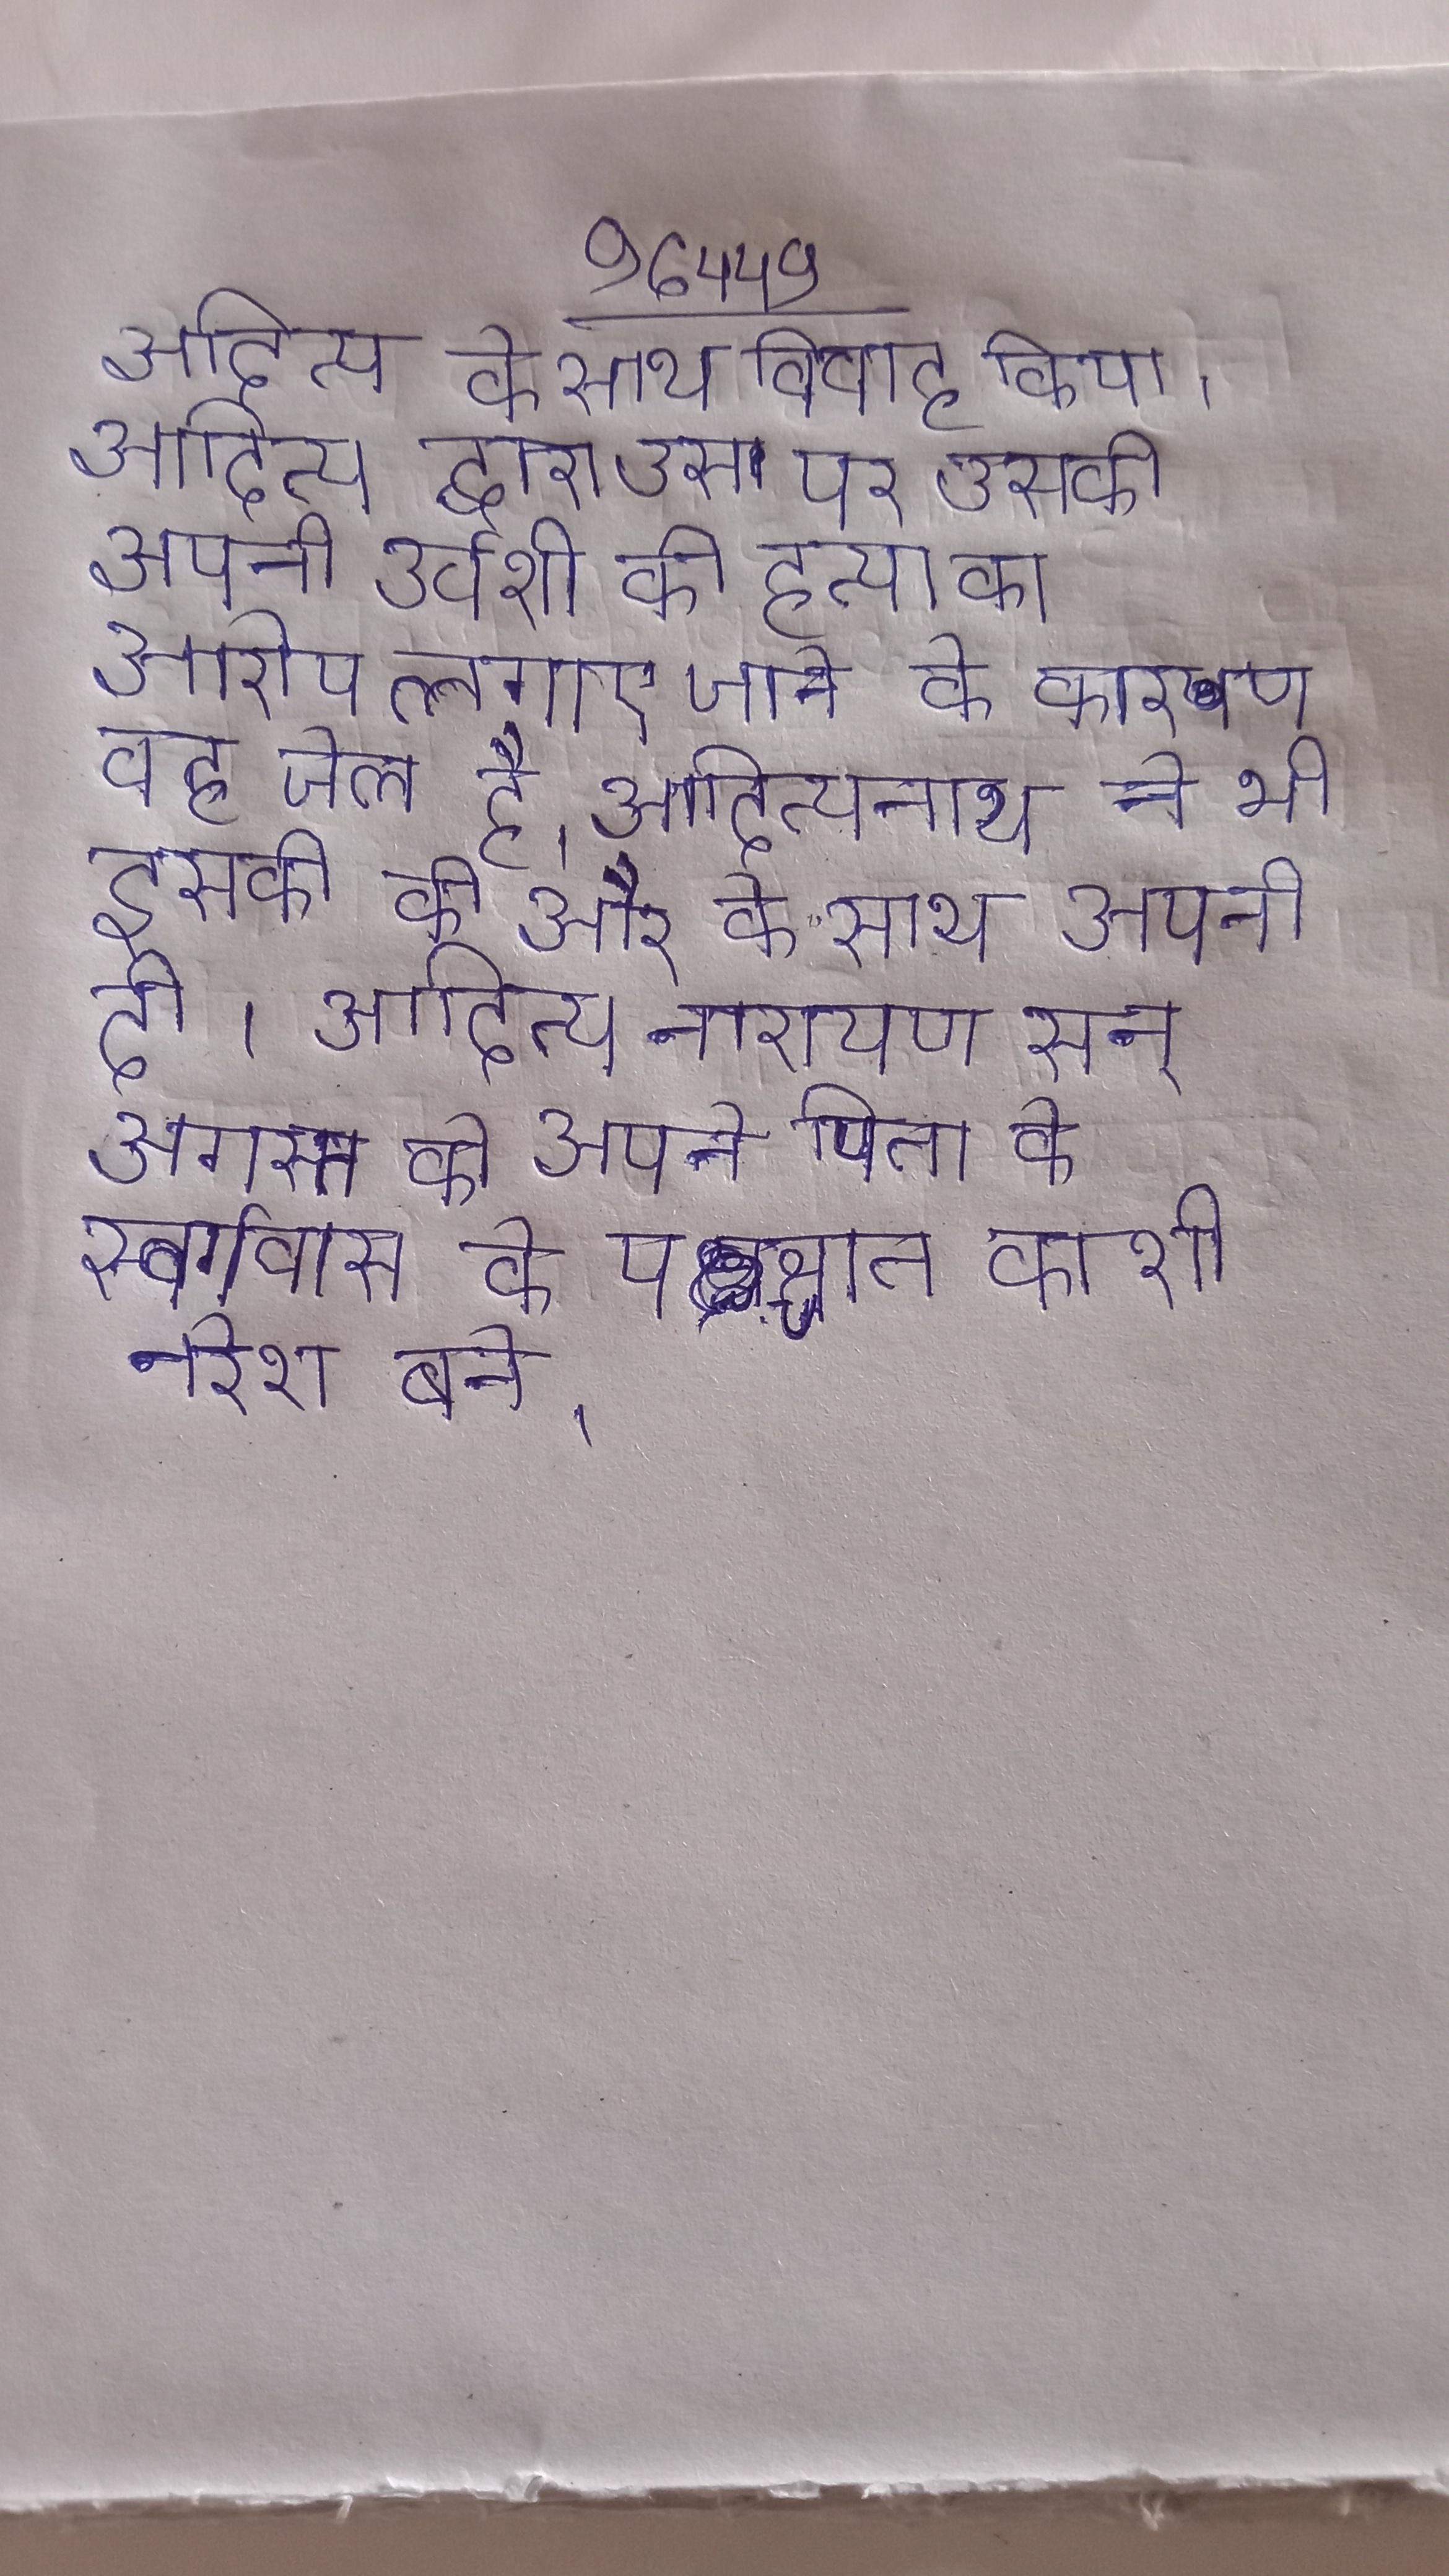
आदित्य के साथ विवाह किया । आदित्य द्वारा उस पर उसकी अपनी उर्वशी की हत्या का आरोप लगाए जाने के कारण वह जेल है । आदित्यनाथ ने भी इसकी की और के साथ अपनी दी । आदित्य नारायण सन् अगस्त को अपने पिता के स्वर्गवास के पश्चात काशी नरेश बने ।